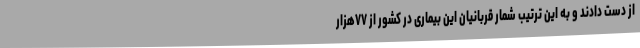
از دست دادند و به این ترتیب شمار قربانیان این بیماری در کشور از ۷۷هزار